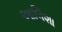
આલિશા